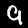
Label: 9